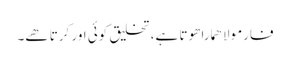
فارمولا ھمارا ھوتا ہے، تخلیق کوئی اور کرتا ھے۔